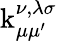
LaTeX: \operatorname{k}_{\mu\mu^{\prime}}^{\nu,\lambda\sigma}